Malaria in India - Number 2
Disease focus: Malaria
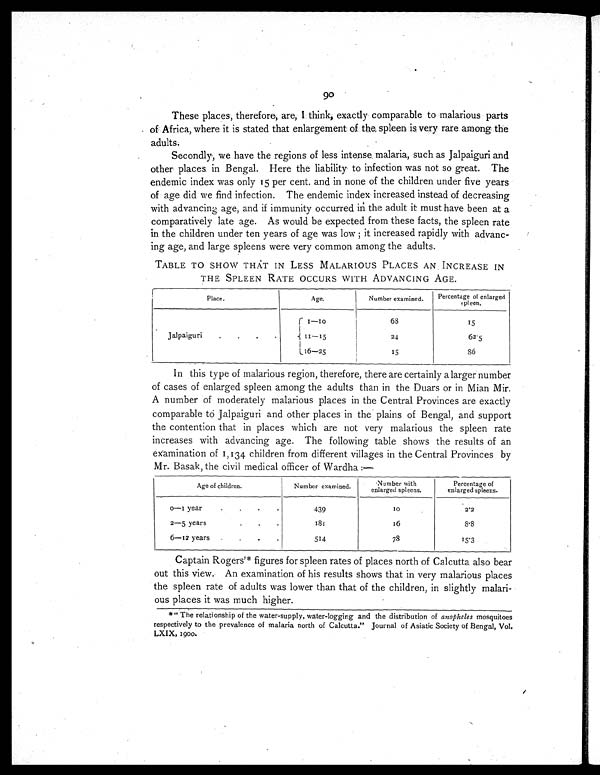
90
These places, therefore, are, I think, exactly comparable to malarious parts
of Africa, where it is stated that enlargement of the spleen is very rare among the
adults.
Secondly, we have the regions of less intense, malaria, such as Jalpaiguri and
other places in Bengal. Here the liability to infection was not so great. The
endemic index was only 15 per cent. and in none of the children under five years
of age did we find infection. The endemic index increased instead of decreasing
with advancing age, and if immunity occurred in the adult it must have been at a
comparatively late age. As would be expected from these facts, the spleen rate
in the children under ten years of age was low; it increased rapidly with advanc-
ing age, and large spleens were very common among the adults.
TABLE TO SHOW THAT IN LESS MALARIOUS PLACES AN INCREASE IN
THE SPLEEN RATE OCCURS WITH ADVANCING AGE.
Place.
Age.
Number examined.
Percentage of enlarged
spleen.
Jalpaiguri
.
.
.
.
1 — 1 0
68
15
11—15
24
62.5
16—25
15
86
In this type of malarious region, therefore, there are certainly a larger number
of cases of enlarged spleen among the adults than in the Duars or in Mian Mir.
A number of moderately malarious places in the Central Provinces are exactly
comparable to Jalpaiguri and other places in the plains of Bengal, and support
the contention that in places which are not very malarious the spleen rate
increases with advancing age. The following table shows the results of an
examination of 1,134 children from different villages in the Central Provinces by
Mr. Basak, the civil medical officer of Wardha:—
Age of children.
Number examined.
Number with
enlarged spleens.
Percentage of
enlarged spleens.
0—1 year.
.
.
.
439
10
2 . 2
2—5 years
. . .
181
16
8 . 8
6—12 years
.
.
.
.
514
78
1 5 . 3
Captain Rogers'* figures for spleen rates of places north of Calcutta also bear
out this view. An examination of his results shows that in very malarious places
the spleen rate of adults was lower than that of the children, in slightly malari-
ous places it was much higher.
*" The relationship of the water-supply, water-logging and the distribution of anopheles mosquitoes
respectively to the prevalence of malaria north of Calcutta." Journal of Asiatic Society of Bengal, Vol.
LXIX, 1900.